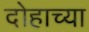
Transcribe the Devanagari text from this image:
दोहाच्या